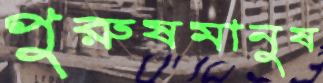
পুরুষমানুষ